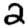
Digit: 2